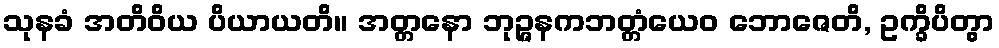
သုနခံ အတိဝိယ ပိယာယတိ။ အတ္တနော ဘုဉ္ဇနကဘတ္တံယေဝ ဘောဇေတိ, ဥက္ခိပိတွာ